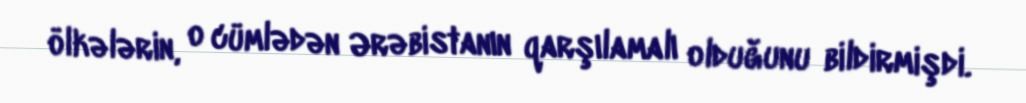
ölkələrin, o cümlədən Ərəbistanın qarşılamalı olduğunu bildirmişdi.